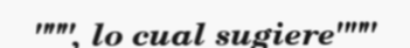
""", lo cual sugiere"""